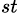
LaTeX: _{st}